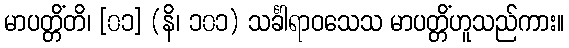
မာပတ္တိံတိ၊ [၀၁] (နိ၊ ၁၀၁) သင်္ခါရာဝသေသ မာပတ္တိံဟူသည်ကား။